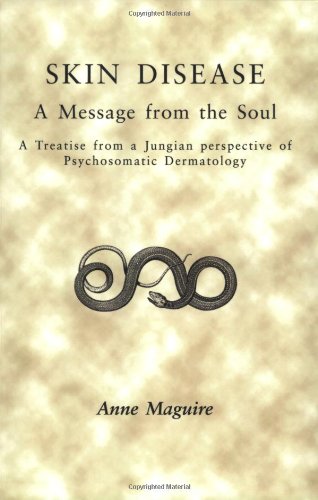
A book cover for Skin Disease: A Message from the Soul: A Treatise from a Jungian Perspective of Psychosomatic Dermatology; Anne Maguire; Health, Fitness & Dieting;